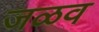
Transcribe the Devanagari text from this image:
जळव